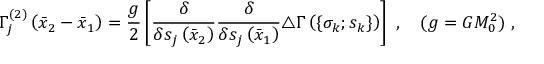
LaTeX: \Gamma _ { j } ^ { ( 2 ) } \left( { \bar { x } } _ { 2 } - { \bar { x } } _ { 1 } \right) = \frac { g } { 2 } \left[ \frac { \delta } { \delta s _ { j } \left( { \bar { x } } _ { 2 } \right) } \frac { \delta } { \delta s _ { j } \left( { \bar { x } } _ { 1 } \right) } \triangle \Gamma \left( \lbrace \sigma _ { k } ; s _ { k } \rbrace \right) \right] \ , \quad ( g = G M _ { 0 } ^ { 2 } ) \ ,